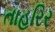
તાહરિર